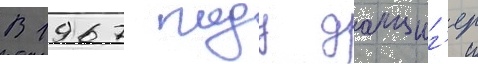
В 1967 году данциг'ер